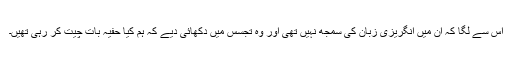
اس سے لگا کہ ان میں انگریزی زبان کی سمجھ نہیں تھی اور وہ تجسس میں دکھائی دیے کہ ہم کیا حفیہ بات چیت کر رہی تھیں۔